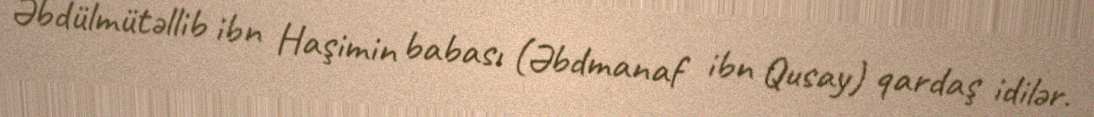
Əbdülmütəllib ibn Haşimin babası (Əbdmanaf ibn Qusay) qardaş idilər.